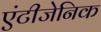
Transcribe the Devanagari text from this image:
एंटीजेनिक